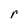
Character: r